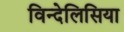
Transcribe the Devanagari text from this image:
विन्देलिसिया